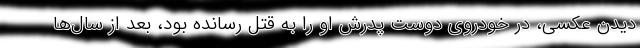
دیدن عکسی، در خودروی دوست پدرش او را به قتل رسانده بود، بعد از سال‌ها